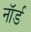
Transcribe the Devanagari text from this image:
नॉर्ड